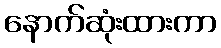
နောက်ဆုံးထားကာ